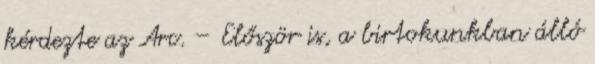
kérdezte az Arc. – Először is, a birtokunkban álló